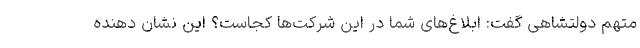
متهم دولتشاهی گفت: ابلاغ‌های شما در این شرکت‌ها کجاست؟ این نشان دهنده